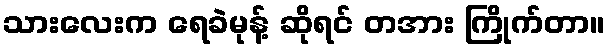
သားလေးက ရေခဲမုန့် ဆိုရင် တအား ကြိုက်တာ။